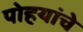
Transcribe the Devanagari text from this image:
पोहयांचे